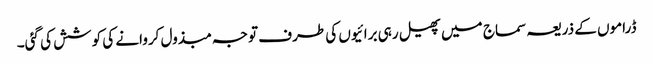
ڈراموں کے ذریعہ سماج میں پھیل رہی برائیوں کی طرف توجہ مبذول کروانے کی کوشش کی گئی۔